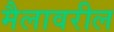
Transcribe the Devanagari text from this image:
मैलावरील